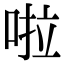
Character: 啦